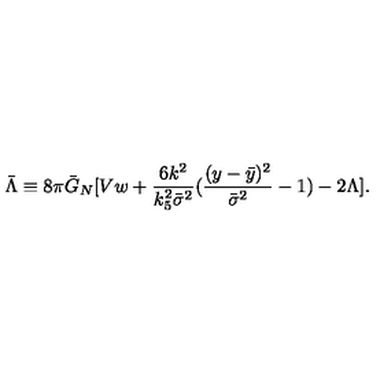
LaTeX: \bar { \Lambda } \equiv 8 \pi \bar { G } _ { N } [ V w + \frac { 6 k ^ { 2 } } { k _ { 5 } ^ { 2 } \bar { \sigma } ^ { 2 } } ( \frac { ( y - \bar { y } ) ^ { 2 } } { \bar { \sigma } ^ { 2 } } - 1 ) - 2 \Lambda ] .